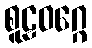
စူဠဝဂ္ဂေ